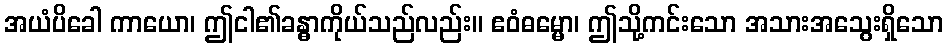
အယံပိခေါ ကာယော၊ ဤငါ၏ခန္ဓာကိုယ်သည်လည်း။ ဧဝံဓမ္မော၊ ဤသို့ကင်းသော အသားအသွေးရှိသော